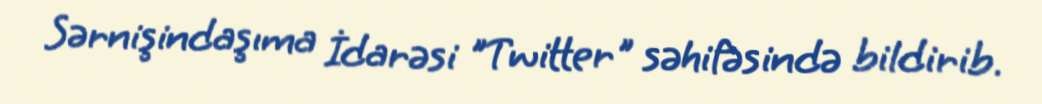
Sərnişindaşıma İdarəsi "Twitter" səhifəsində bildirib.